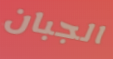
الجبان